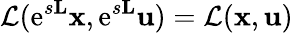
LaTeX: \mathcal{L}({\mathrm e}^{s\mathbf{L}}\mathbf{x},{\mathrm e}^{s\mathbf{L}}\mathbf{u})=\mathcal{L}(\mathbf{x},\mathbf{u})